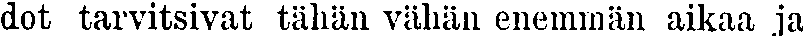
dot tarvitsivat tähän vähän enemmän aikaa ja